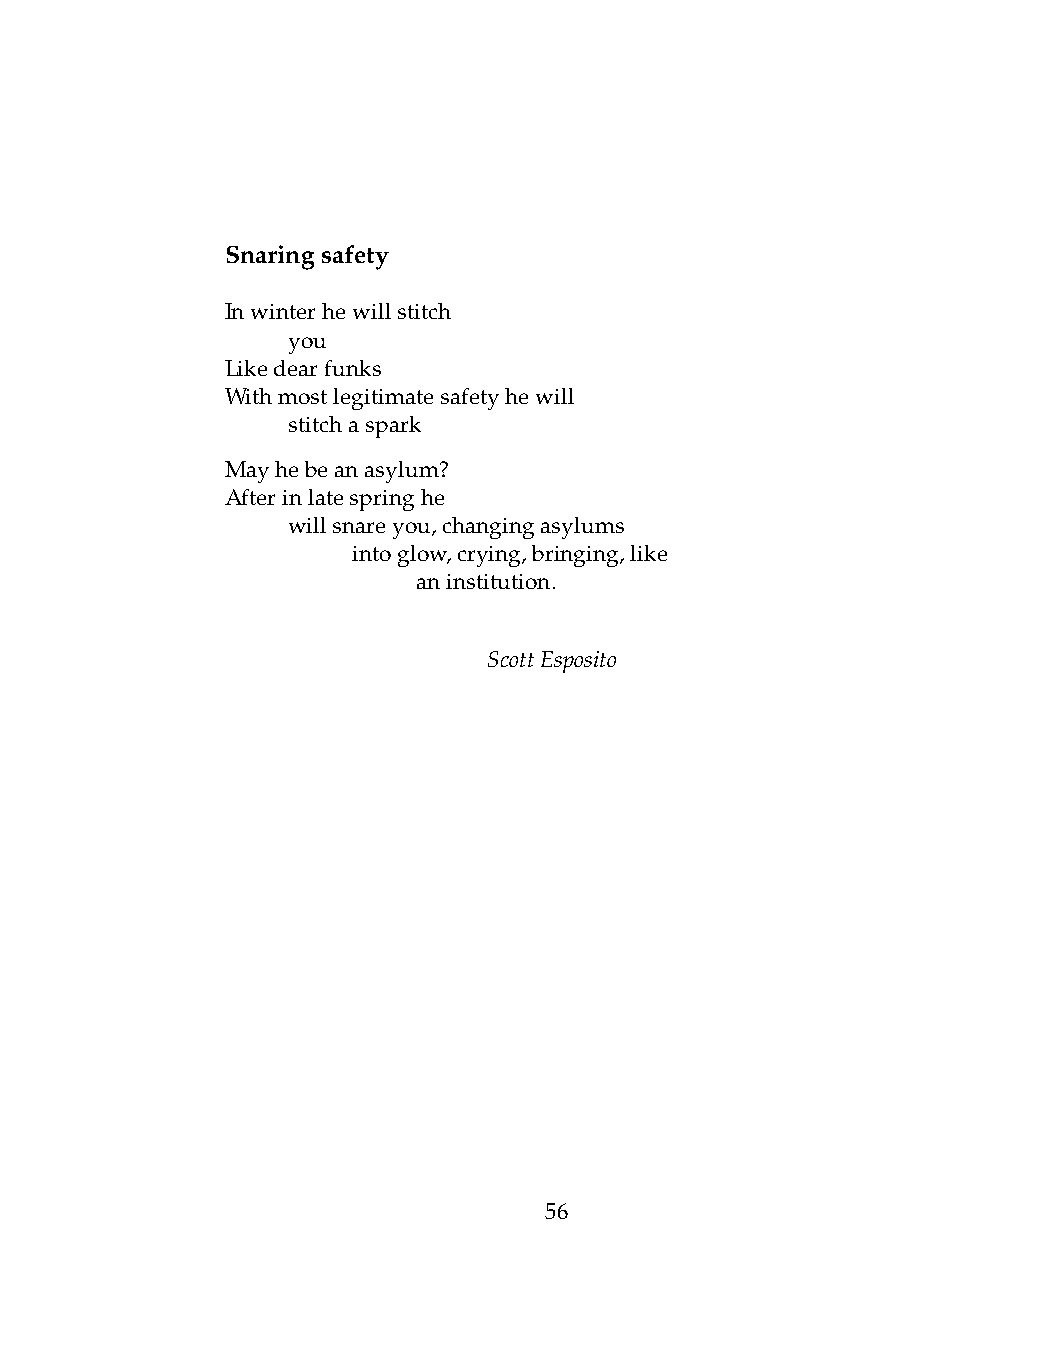
Snaringsafety
 Inwinterhewillstitch
 .   you
 Likedearfunks
 Withmostlegitimatesafetyhewill
 .   stitchaspark
 Mayhebeanasylum?
 Afterinlatespringhe
 .   willsnareyou,changingasylums
 .   .   intoglow,crying,bringing,like
 .   .   .    aninstitution.
 ScottEsposito
 56